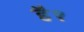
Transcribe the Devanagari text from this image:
है१